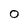
Character: o